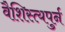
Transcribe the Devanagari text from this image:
वैशिस्त्यपुर्न